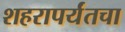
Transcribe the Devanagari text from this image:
शहरापर्यंतचा